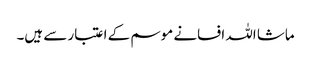
ماشا اللہ افسانے موسم کے اعتبار سے ہیں۔